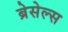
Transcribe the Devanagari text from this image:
ब्रेसेल्स